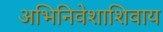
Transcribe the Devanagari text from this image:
अभिनिवेशाशिवाय